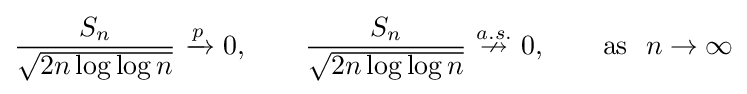
{\frac {S_{n}}{\sqrt {2n\log \log n}}}\ {\xrightarrow {p}}\ 0,\qquad {\frac {S_{n}}{\sqrt {2n\log \log n}}}\ {\stackrel {a.s.}{\nrightarrow }}\ 0,\qquad {\text{as}}\ \ n\to \infty